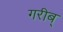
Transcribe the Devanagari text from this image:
गरीब्